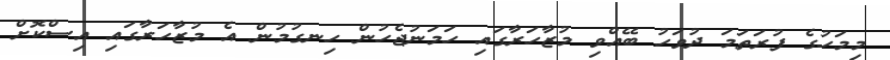
މިމަހުގެ ފުރަތަމަ ދުވަހު ބޭއްވި މުޒާހަރާގައި ހަމަނުޖެހުން ހިނގުމުން އެ މުޒާހަރާގައި އިސްކޮށް